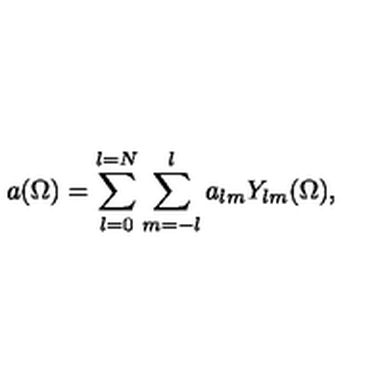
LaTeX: a ( \Omega ) = \sum _ { l = 0 } ^ { l = N } \sum _ { m = - l } ^ { l } a _ { l m } Y _ { l m } ( \Omega ) ,